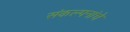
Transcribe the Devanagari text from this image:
संंकल्पनांंचे